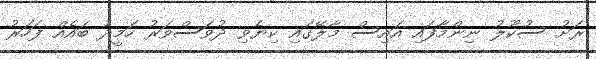
ރަށު ސުކޫލު ނިންމާފައި އައިސް މާލޭގައި ކިޔެވި ދުވަސްވަރު ހަމީދު ބައެއް ފަހަރު